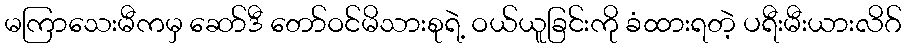
မကြာသေးမီကမှ ဆော်ဒီ တော်ဝင်မိသားစုရဲ့ ဝယ်ယူခြင်းကို ခံထားရတဲ့ ပရီးမီးယားလိဂ်